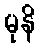
မုနိ